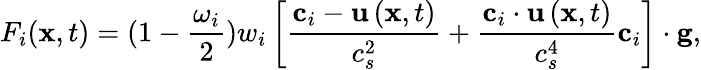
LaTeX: F_{i}(\mathbf{x},t)=(1-\frac{\omega_{i}}{2})w_{i}\left[\frac{\textbf{c}_{i}-\textbf{u}\left(\textbf{x},t\right)}{c_{s}^{2}}+\frac{\textbf{c}_{i}\cdot\textbf{u}\left(\textbf{x},t\right)}{c_{s}^{4}}\textbf{c}_{i}\right]\cdot\mathbf{g},